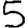
Digit: 5